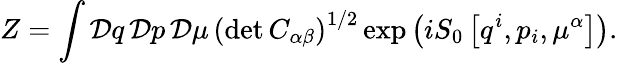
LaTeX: Z=\int{\cal\mathcal{D}}q\, {\cal\mathcal{D}}p\, {\cal\mathcal{D}}\mu\, \left(\operatorname*{det}C_{\alpha\beta}\right)^{1/2}\exp\left(iS_{0}\left[q^{i},p_{i},\mu^{\alpha}\right]\right).